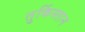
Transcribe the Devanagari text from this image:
तुर्किस्‍तान